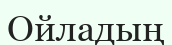
Ойладың